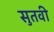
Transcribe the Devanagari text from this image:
सुतवी